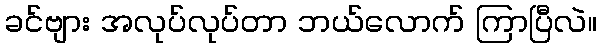
ခင်ဗျား အလုပ်လုပ်တာ ဘယ်လောက် ကြာပြီလဲ။